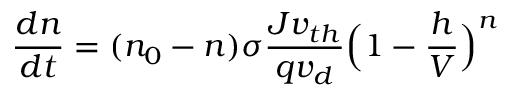
\frac { d n } { d t } = ( n _ { 0 } - n ) \sigma \frac { J v _ { t h } } { q v _ { d } } \Big ( 1 - \frac { h } { V } \Big ) ^ { n }